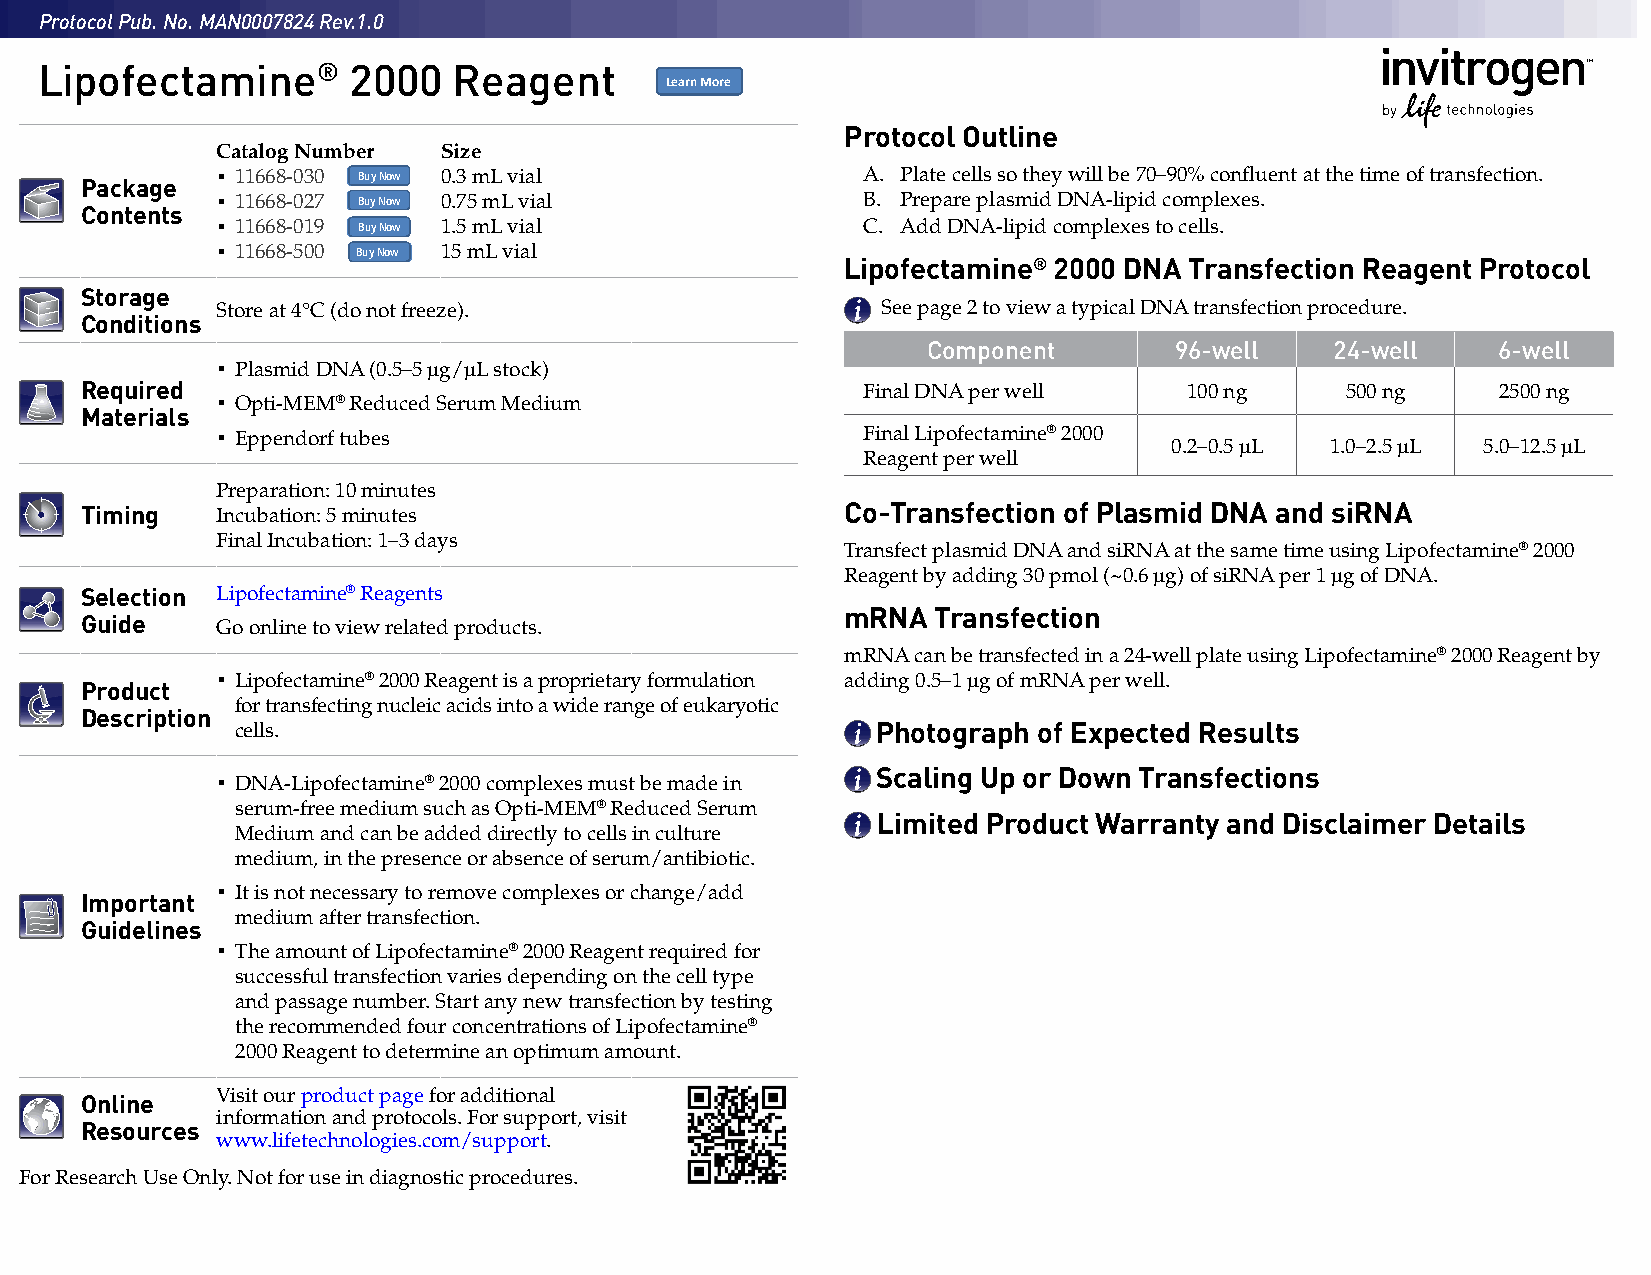
Protocol Pub. No. MAN0007824 Rev.1.0
 Lipofectamine®       2000   Reagent
 LearLne aMrno rMe ore
 Protocol Outline
 Catalog Number Size
 ∤
 Package  ∤ 11668-030 Buy Now 0.3 mL vial            A. Plate cells so they will be 70–90% confluent at the time of transfection.
 11668-027 Buy Now 0.75 mL vial           B. Prepare plasmid DNA-lipid complexes.
 Contents ∤
 11668-019 Buy Now 1.5 mL vial            C. Add DNA-lipid complexes to cells.
 ∤
 11668-500 Buy Now 15 mL vial
 Lipofectamine® 2000 DNA Transfection Reagent Protocol
 Storage
 Store at 4°C (do not freeze).               See page 2 to view a typical DNA transfection procedure.
 Conditions
 Component        96-well   24-well    6-well
 ∤
 Plasmid DNA (0.5–5 μg/μL stock)
 Required ∤                                          Final DNA per well    100 ng    500 ng    2500 ng
 Opti-MEM® Reduced Serum Medium
 Materials
 ∤
 Eppendorf tubes                          Final Lipofectamine® 2000
 0.2–0.5 μL 1.0–2.5 μL 5.0–12.5 μL
 Reagent per well
 Preparation: 10 minutes
 Timing   Incubation: 5 minutes                     Co-Transfection of Plasmid DNA and siRNA
 Final Incubation: 1–3 days
 Transfect plasmid DNA and siRNA at the same time using Lipofectamine® 2000
 Reagent by adding 30 pmol (~0.6 μg) of siRNA per 1 μg of DNA.
 Selection Lipofectamine® Reagents
 mRNA  Transfection
 Guide    Go online to view related products.
 mRNA can be transfected in a 24-well plate using Lipofectamine® 2000 Reagent by
 ∤
 Lipofectamine® 2000 Reagent is a proprietary formulation adding 0.5–1 μg of mRNA per well.
 Product
 for transfecting nucleic acids into a wide range of eukaryotic
 Description
 cells.                                    Photograph of Expected Results
 ∤                                           Scaling Up or Down Transfections
 DNA-Lipofectamine® 2000 complexes must be made in
 serum-free medium such as Opti-MEM® Reduced Serum
 Limited Product Warranty and Disclaimer Details
 Medium and can be added directly to cells in culture
 medium, in the presence or absence of serum/antibiotic.
 ∤
 It is not necessary to remove complexes or change/add
 Important
 medium after transfection.
 Guidelines
 ∤
 The amount of Lipofectamine® 2000 Reagent required for
 successful transfection varies depending on the cell type
 and passage number. Start any new transfection by testing
 the recommended four concentrations of Lipofectamine®
 2000 Reagent to determine an optimum amount.
 Visit our product page for additional
 Online
 information and protocols. For support, visit
 Resources
 www.lifetechnologies.com/support.
 For Research Use Only. Not for use in diagnostic procedures.